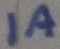
Text: 1A